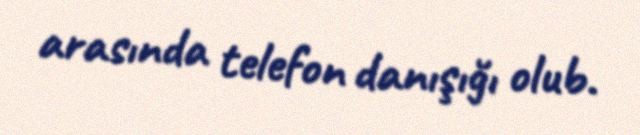
arasında telefon danışığı olub.